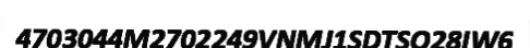
4703044M2702249VNMJ1SDTSO28IW6